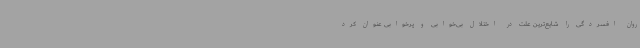
روان افسردگی را شایع‌ترین علت در اختلال بی‌خوابی و پرخوابی عنوان کرد